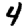
Digit: 4